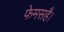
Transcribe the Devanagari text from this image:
फेमसहै।